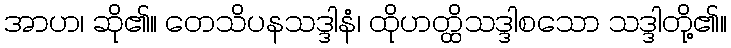
အာဟ၊ ဆို၏။ တေသိပနသဒ္ဒါနံ၊ ထိုဟတ္ထိသဒ္ဒါစသော သဒ္ဒါတို့၏။